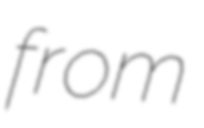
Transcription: from